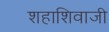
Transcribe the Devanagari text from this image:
शहाशिवाजी